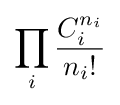
\prod _{i}{\frac {C_{i}^{n_{i}}}{n_{i}!}}